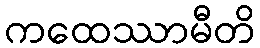
ကထေဿာမီတိ